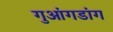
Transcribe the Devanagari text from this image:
गुआंगडांग